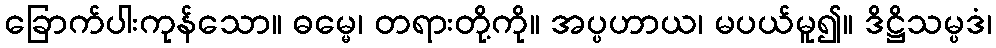
ခြောက်ပါးကုန်သော။ ဓမ္မေ၊ တရားတို့ကို။ အပ္ပဟာယ၊ မပယ်မူ၍။ ဒိဋ္ဌိသမ္ပဒံ၊